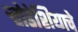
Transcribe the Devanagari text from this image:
र्‍होडेशियाचे